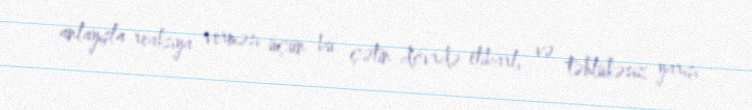
anlayışla reaksiya verməsi üçün bu çətin dövrdə etibarlı və təhlükəsiz yarışı